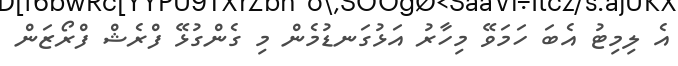
އެ ލިމިޓު އެބަ ހަމަވޭ މިހާރު އަޅުގަނޑުމެން މި ގެންގުޅޭ ފްރެޝް ފްރޯޒަން